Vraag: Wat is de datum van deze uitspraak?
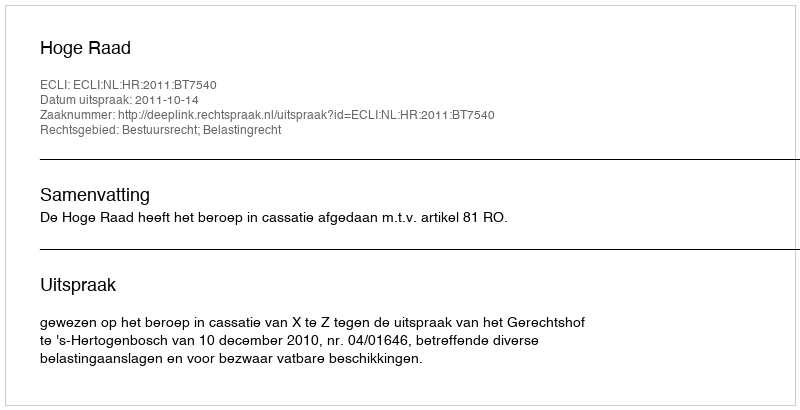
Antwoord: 2011-10-14